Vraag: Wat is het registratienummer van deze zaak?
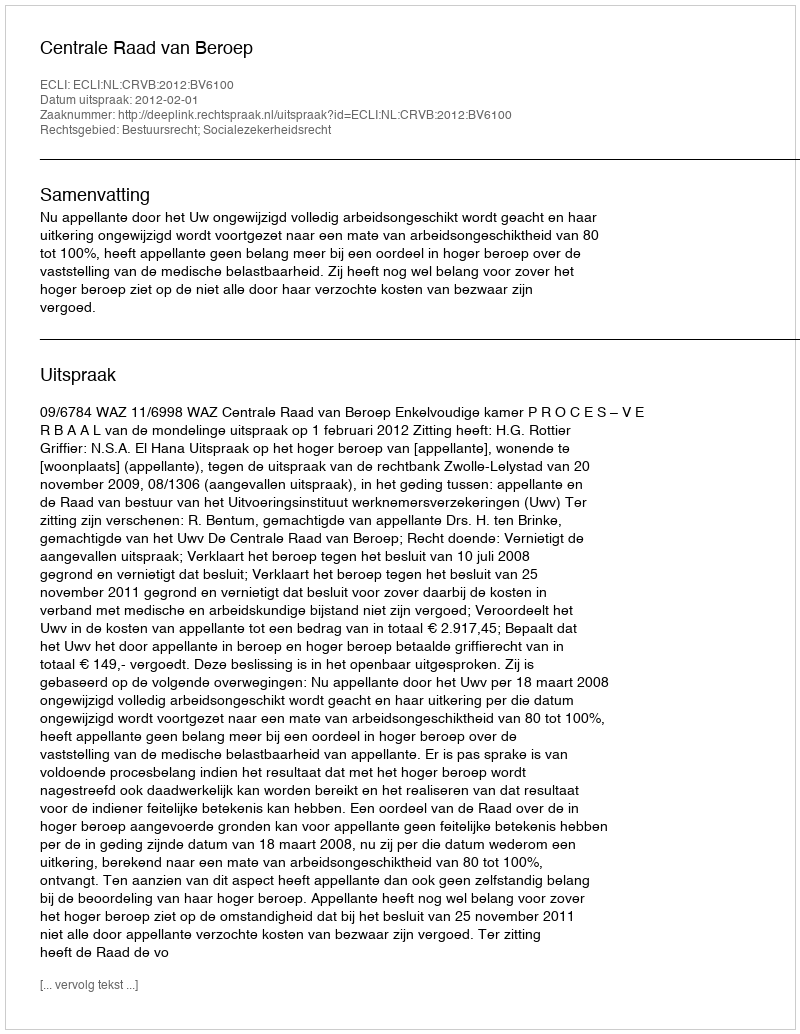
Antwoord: http://deeplink.rechtspraak.nl/uitspraak?id=ECLI:NL:CRVB:2012:BV6100